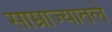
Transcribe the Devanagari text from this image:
साम्राज्यातले